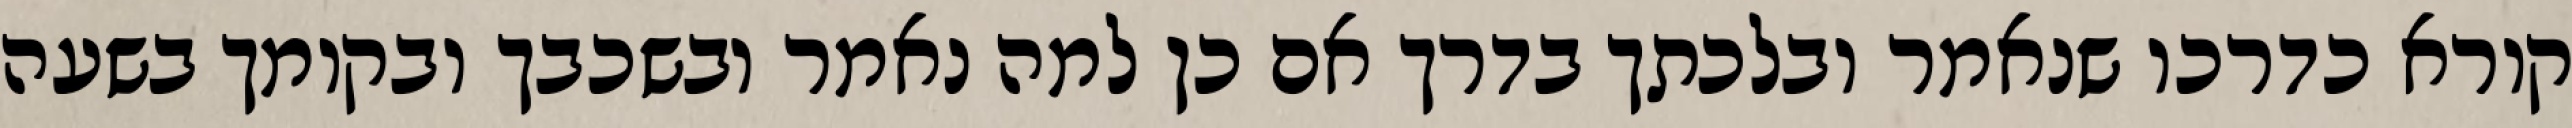
קורא כדרכו שנאמר ובלכתך בדרך אם כן למה נאמר ובשכבך ובקומך בשעה